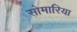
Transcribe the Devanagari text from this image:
सोमारिया